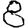
Digit: 8